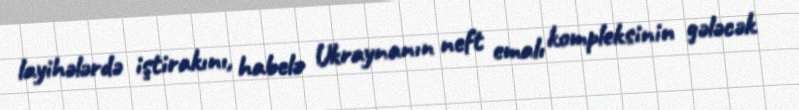
layihələrdə iştirakını, habelə Ukraynanın neft emalı kompleksinin gələcək